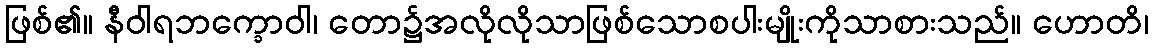
ဖြစ်၏။ နီဝါရဘက္ခောဝါ၊ တော၌အလိုလိုသာဖြစ်သောစပါးမျိုးကိုသာစားသည်။ ဟောတိ၊